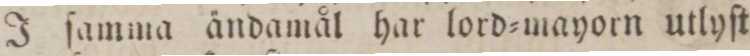
J ſamma ändamål har lord=mayorn utlyſt